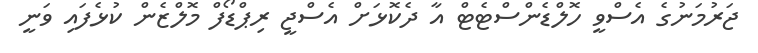
ޖަރުމަނުގެ އެސްވީ ހޮލްޑެންސްޓެޓް އާ ދެކޮޅަށް އެސްޖީ ރިޕްޑޯފް މޮލްޒެން ކުޅެފައި ވަނީ